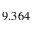
9 . 3 6 4